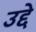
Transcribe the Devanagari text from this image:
उद्दे